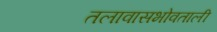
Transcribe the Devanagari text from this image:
तलावासभोवताली